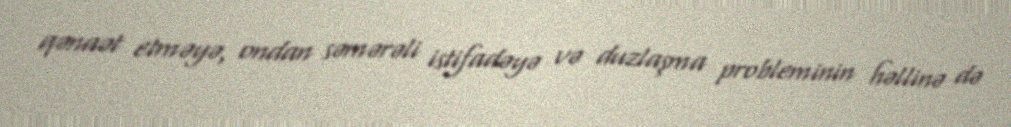
qənaət etməyə, ondan səmərəli istifadəyə və duzlaşma probleminin həllinə də